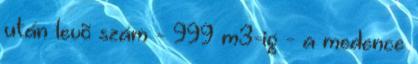
után levõ szám - 999 m3-ig - a medence